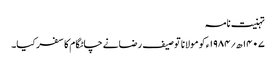
تہنیت نامہ
۱۴۰۷ھ؍۱۹۸۴ء کو مولانا توصیف رضانے چاٹگام کا سفر کیا۔